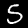
Digit: 5